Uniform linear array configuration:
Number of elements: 12
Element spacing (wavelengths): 0.75
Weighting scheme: blackman
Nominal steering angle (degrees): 45
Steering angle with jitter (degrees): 44.509
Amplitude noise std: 0.05
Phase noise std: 0.05

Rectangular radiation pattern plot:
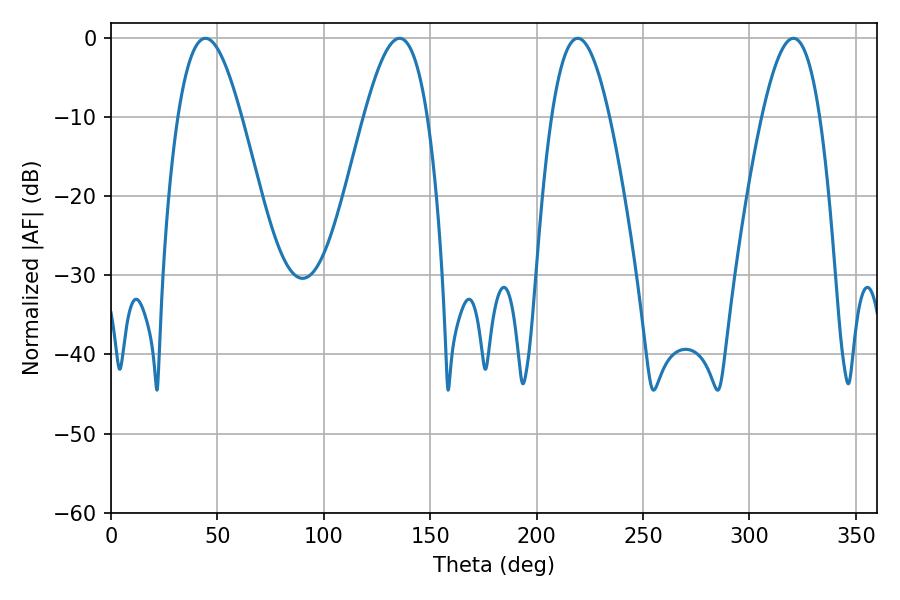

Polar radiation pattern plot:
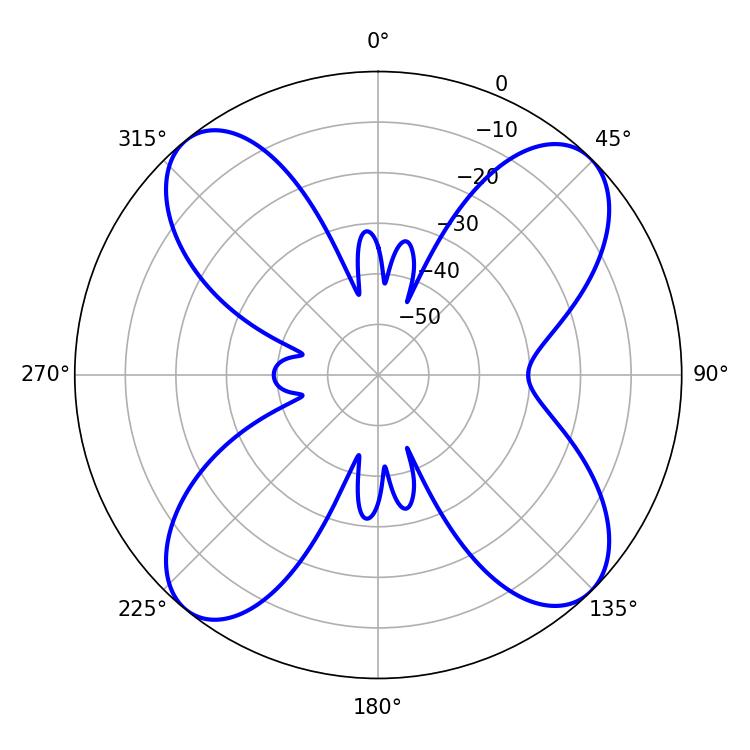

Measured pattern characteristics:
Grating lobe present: TRUE
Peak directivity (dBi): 14.099
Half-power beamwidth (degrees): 16.2
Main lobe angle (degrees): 44.46